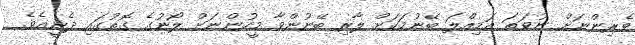
ވެރިންނަށް ނުވަތަ އަމިއްލަ ބޭނުމަކަށް ލާރި ބޭނުންވާ މީހުންނަށް ލޯނުގެ ގޮތުގައި ދެނީއެވެ.